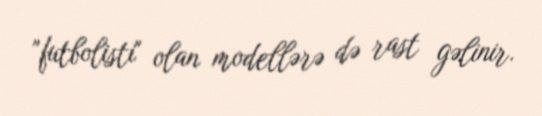
"futbolisti" olan modellərə də rast gəlinir.